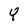
Character: Y